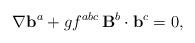
LaTeX: \begin{align*}\nabla{\bf b}^a+gf^{abc}\,{\bf B}^b\cdot{\bf b}^c=0,\end{align*}